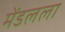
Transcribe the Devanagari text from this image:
मेंडलला